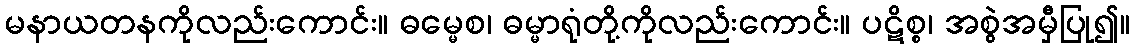
မနာယတနကိုလည်းကောင်း။ ဓမ္မေစ၊ ဓမ္မာရုံတို့ကိုလည်းကောင်း။ ပဋိစ္စ၊ အစွဲအမှီပြု၍။